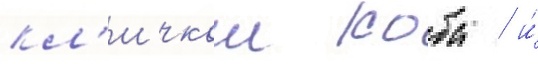
кл'ичкои коба / и́